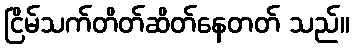
ငြိမ်သက်တိတ်ဆိတ်နေတတ် သည်။